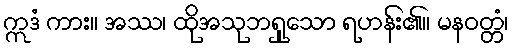
ဣဒံ ကား။ အဿ၊ ထိုအသုဘရှုသော ရဟန်း၏။ မနဝတ္တံ၊